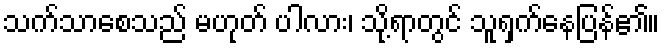
သက်သာစေသည် မဟုတ် ပါလား၊ သို့ရာတွင် သူရှက်နေပြန်၏။